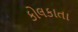
કોલકાતા